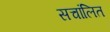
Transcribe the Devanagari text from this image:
सचांलित